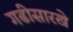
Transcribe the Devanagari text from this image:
गढीसारखे